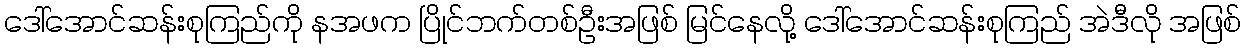
ဒေါ်အောင်ဆန်းစုကြည်ကို နအဖက ပြိုင်ဘက်တစ်ဦးအဖြစ် မြင်နေလို့ ဒေါ်အောင်ဆန်းစုကြည် အဲဒီလို အဖြစ်